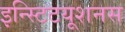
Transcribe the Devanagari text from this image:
इन्स्टिटयूशनस